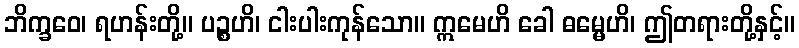
ဘိက္ခဝေ၊ ရဟန်းတို့။ ပဉ္စဟိ၊ ငါးပါးကုန်သော။ ဣမေဟိ ခေါ ဓမ္မေဟိ၊ ဤတရားတို့နှင့်။